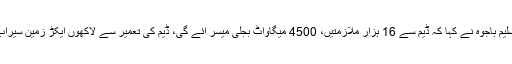
عاصم سلیم باجوہ نے کہا کہ ڈیم سے 16 ہزار ملازمتیں، 4500 میگاواٹ بجلی میسر آئے گی، ڈیم کی تعمیر سے لاکھوں ایکڑ زمین سیراب ہوگی۔